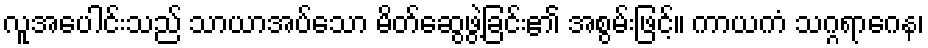
လူအပေါင်းသည် သာယာအပ်သော မိတ်ဆွေဖွဲ့ခြင်း၏ အစွမ်းဖြင့်။ ကာယကံ သဂ္ဂရာဂေန၊